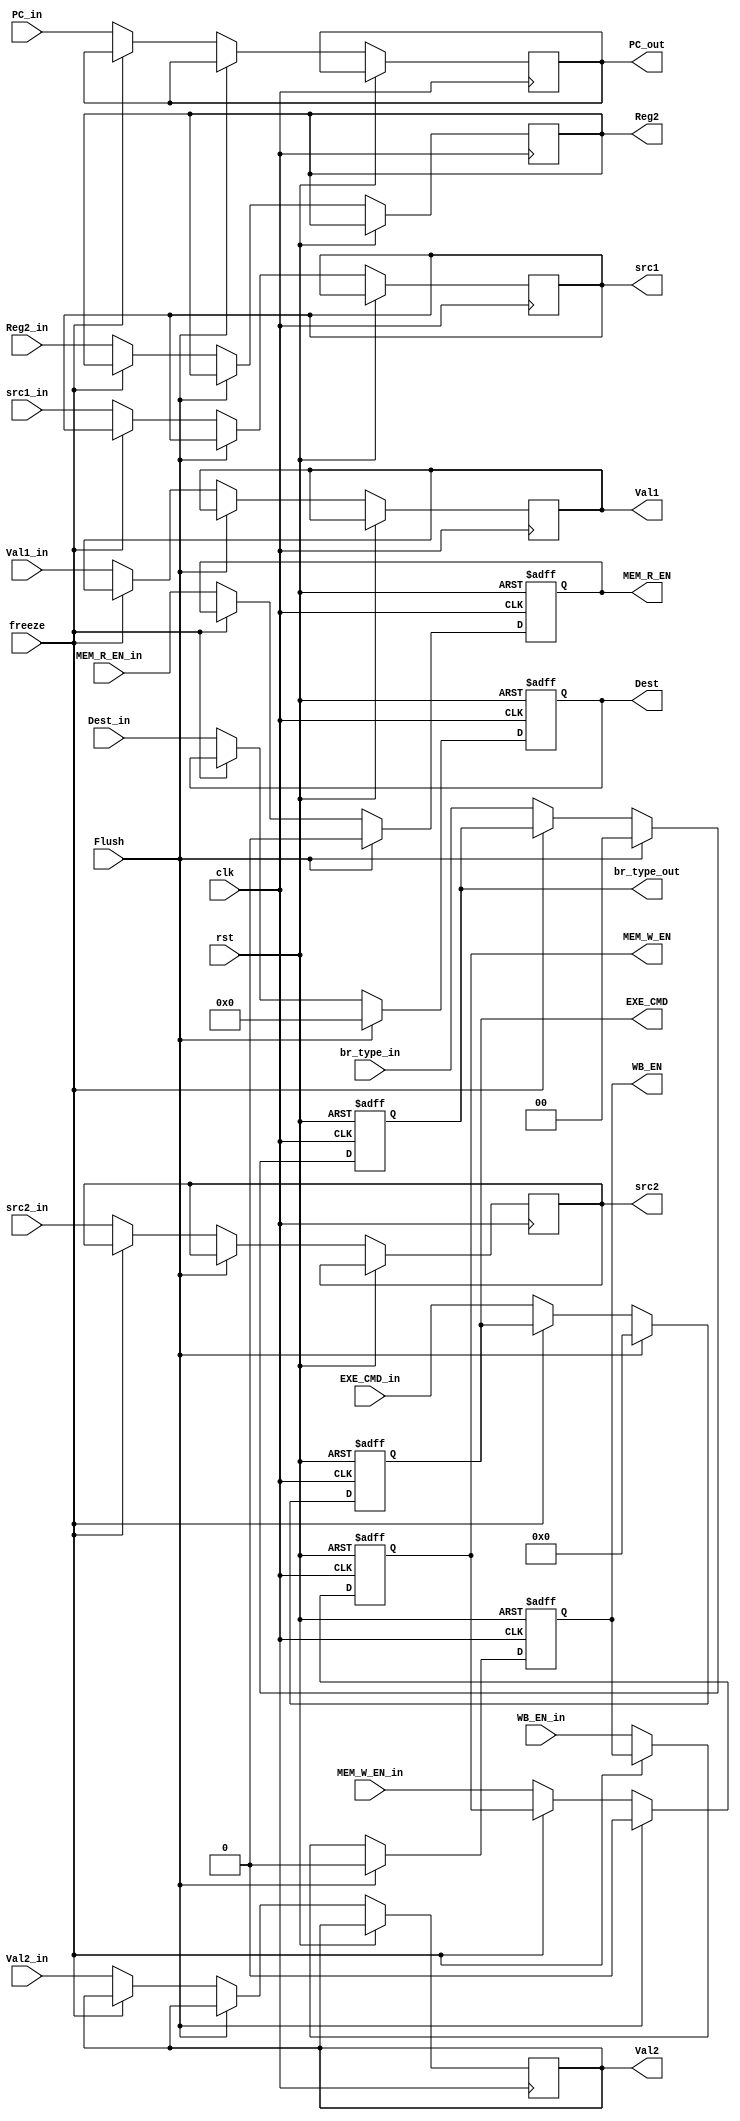
module ID_Stage_reg (
		input clk,
		input rst,
		input Flush,
		input freeze,
		input[4:0] Dest_in,
		input[31:0] Reg2_in,
		input[31:0] Val2_in,
		input[31:0] Val1_in,
		input[31:0] PC_in,
		input[1:0] br_type_in,
		input[3:0] EXE_CMD_in,
		input MEM_R_EN_in,
		input MEM_W_EN_in,
		input WB_EN_in,
		//src1 and src2 input
		input [4:0] src1_in,
		input [4:0] src2_in,
		//to stage registers
		output reg[4:0] Dest,
		output reg[31:0] Reg2,
		output reg[31:0] Val2,
		output reg[31:0] Val1,
		output reg[31:0] PC_out,
		output reg [1:0] br_type_out,
		output reg[3:0] EXE_CMD,
		output reg MEM_R_EN,
		output reg MEM_W_EN,
		output reg WB_EN,
		//src1 and src2 output
		output reg [4:0] src1,
		output reg [4:0] src2
	);
	always@(posedge clk, posedge rst) begin
		if(rst) begin
			br_type_out <= 2'b0;
			EXE_CMD <= 32'b0;
			MEM_R_EN <= 1'b0;
			MEM_W_EN <= 1'b0;
			WB_EN <= 1'b0;
			Dest <= 5'b0;
		end
		else begin
			if(Flush) begin
				br_type_out <= 2'b0;
				EXE_CMD <= 32'b0;
				MEM_R_EN <= 1'b0;
				MEM_W_EN <= 1'b0;
				WB_EN <= 1'b0;
				Dest <= 5'b0;
			end
			else if (freeze==0)
			begin
				Dest <= Dest_in;
				Reg2 <= Reg2_in;
				Val2 <= Val2_in;
				PC_out <= PC_in;
				Val1 <= Val1_in;
				br_type_out <= br_type_in;
				EXE_CMD <= EXE_CMD_in;
				MEM_R_EN <= MEM_R_EN_in;
				MEM_W_EN <= MEM_W_EN_in;
				WB_EN <=	WB_EN_in;
				//src1 and src2
				src1 <= src1_in;
				src2 <= src2_in;
			end
		end
	end
endmodule